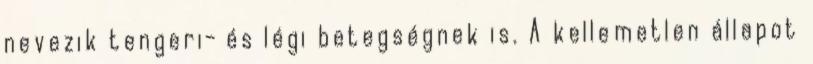
nevezik tengeri- és légi betegségnek is. A kellemetlen állapot